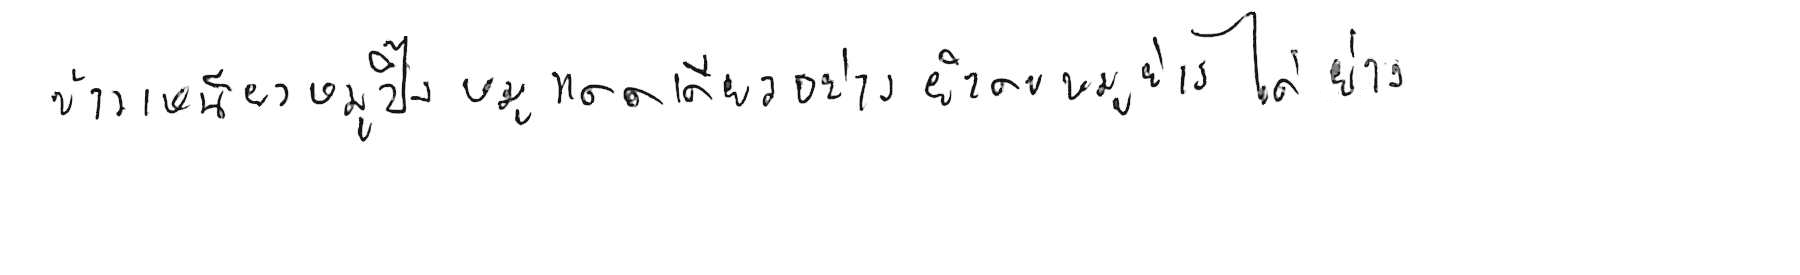
ข้าวเหนียวหมูปิ้ง หมูแดดเดียวย่าง ยำคอหมูย่าง ไก่ย่าง